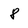
Character: 8